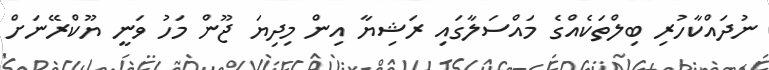
ނުދައްކާހުރި ބިލްތަކެއްގެ މައްސަލާގައި ރަޝިޔާ އިން މިދިޔަ ޖޫން މަހު ވަނީ ޔޫކްރޭނަށް